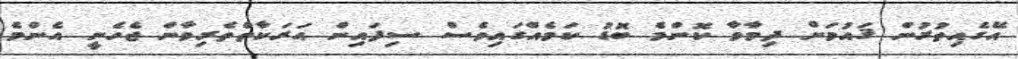
އޭގެއިތުރުން ޤައުމަށް ދިމާވާ ކޮންމެ ބޮޑު ކަމެއްގައިވެސް ސިފައިން ޙަރަކާތްތެރިވާން ޖެހެނީ އެންމެ